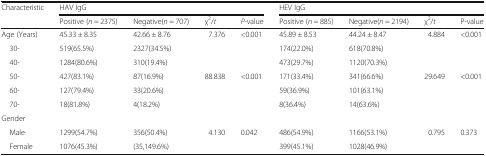
| <ROWSPAN=2> Characteristic | <COLSPAN=4> HAV IgG | <COLSPAN=4> HEV IgG |
 | Positive (n = 2375) | Negative(n = 707) | χ2/t | P-value | Positive (n = 885) | Negative(n = 2194) | χ2/t | P-value |
 | --- | --- | --- | --- | --- | --- | --- | --- | --- |
 | Age (Years) | 45.33 ± 8.35 | 42.66 ± 8.76 | 7.376 | <0.001 | 45.89 ± 8.53 | 44.24 ± 8.47 | 4.884 | <0.001 |
 | 30- | 519(65.5%) | 2327(34.5%) |  |  | 174(22.0%) | 618(70.8%) |  |  |
 | 40- | 1284(80.6%) | 310(19.4%) |  |  | 473(29.7%) | 1120(70.3%) |  |  |
 | 50- | 427(83.1%) | 87(16.9%) | 88.838 | <0.001 | 171(33.4%) | 341(66.6%) | 29.649 | <0.001 |
 | 60- | 127(79.4%) | 33(20.6%) |  |  | 59(36.9%) | 101(63.1%) |  |  |
 | 70- | 18(81.8%) | 4(18.2%) |  |  | 8(36.4%) | 14(63.6%) |  |  |
 | <COLSPAN=9> Gender |
 | Male | 1299(54.7%) | 356(50.4%) | 4.130 | 0.042 | 486(54.9%) | 1166(53.1%) | 0.795 | 0.373 |
 | Female | 1076(45.3%) | (35,149.6%) |  |  | 399(45.1%) | 1028(46.9%) |  |  |